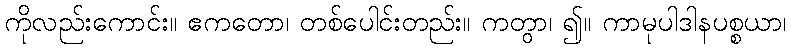
ကိုလည်းကောင်း။ ဧကတော၊ တစ်ပေါင်းတည်း။ ကတွာ၊ ၍။ ကာမုပါဒါနပစ္စယာ၊